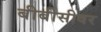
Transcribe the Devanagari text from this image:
बीबीसीवर